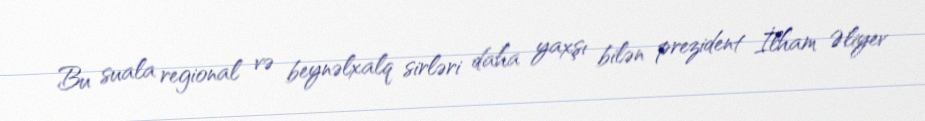
Bu suala regional və beynəlxalq sirləri daha yaxşı bilən prezident İlham Əliyev